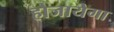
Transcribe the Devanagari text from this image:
होजायेगा